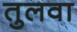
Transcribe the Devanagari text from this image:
तुलवा